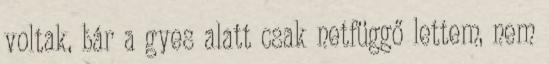
voltak, bár a gyes alatt csak netfüggő lettem, nem